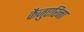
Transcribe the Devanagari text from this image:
कैज़ुएरिना